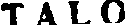
TALO